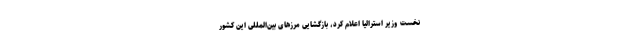
نخست وزیر استرالیا اعلام کرد، بازگشایی مرزهای بین‌المللی این کشور